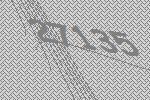
27135